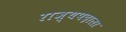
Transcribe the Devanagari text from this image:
राज्यपदाला